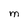
Character: M